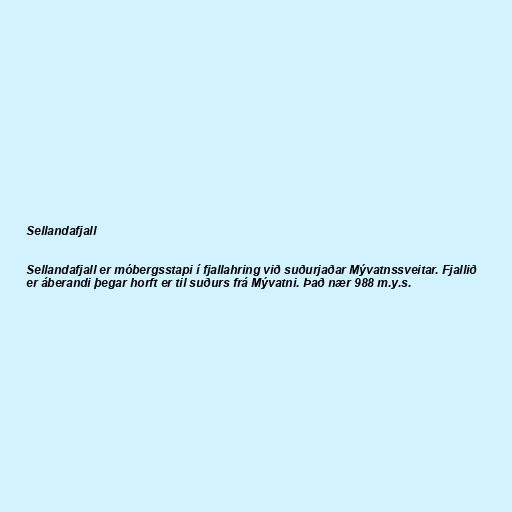
Sellandafjall

Sellandafjall er móbergsstapi í fjallahring við suðurjaðar Mývatnssveitar. Fjallið
er áberandi þegar horft er til suðurs frá Mývatni. Það nær 988 m.y.s.